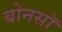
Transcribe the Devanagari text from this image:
बोनसॉ